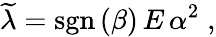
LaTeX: \widetilde{\lambda}=\mathrm{sgn}\left(\beta\right)\, E\, \alpha^{2}\; ,